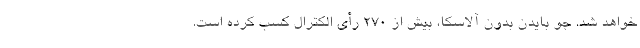
خواهد شد. جو بایدن بدون آلاسکا، بیش از ۲۷۰ رأی الکترال کسب کرده است.